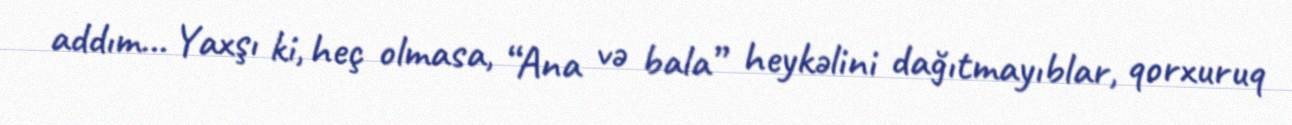
addım... Yaxşı ki, heç olmasa, “Ana və bala” heykəlini dağıtmayıblar, qorxuruq